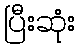
ပြီးဆုံး